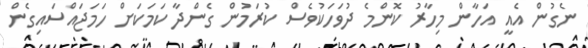
ނެގުން އެއީ އަހާން މިހާރު ކޮންމެ ދުވަހަކުވެސް ކުރަމުން ގެންދާ ކަމަކަށް ހަމަޖައްސައިގެން